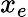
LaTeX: x_{e}